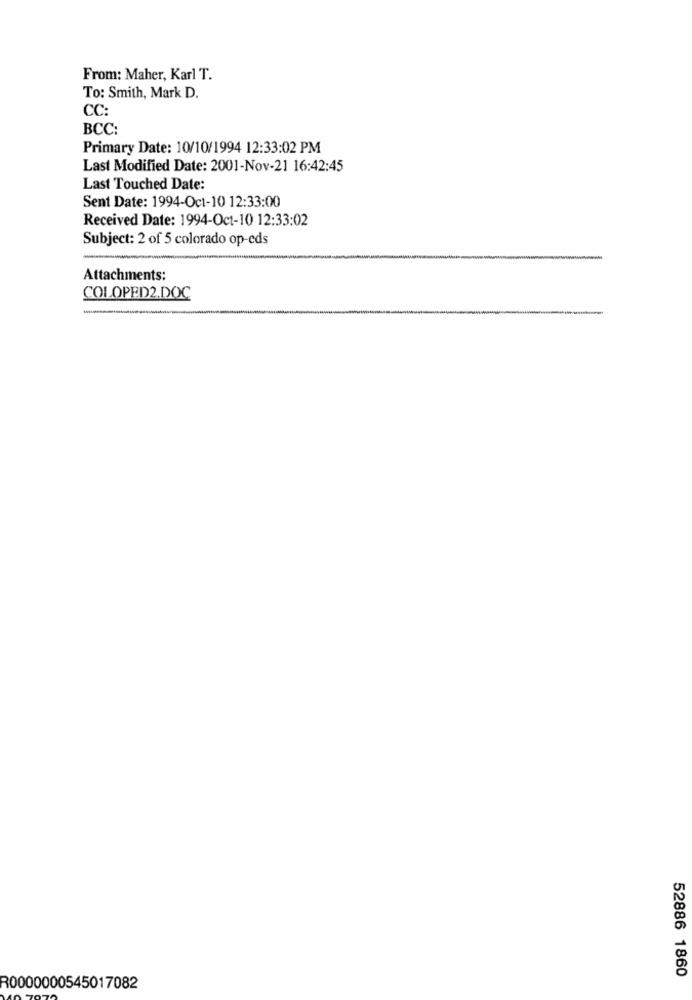
From: Maher, Karl T.
To: Smith, Mark D.
CC:
BCC:
Primary Date: 10/10/1994 12:33:02 PM
Last Modified Date: 2001-Nov-21 16:42:45
Last Touched Date:
Sent Date: 1994-Oct-10 12:33:00
Received Date: 1994-Oct-10 12:33:02
Subject: 2 of 5 colorado op-eds
Attachments:
COLOPED2.DOC
----
52886 1860
R0000000545017082